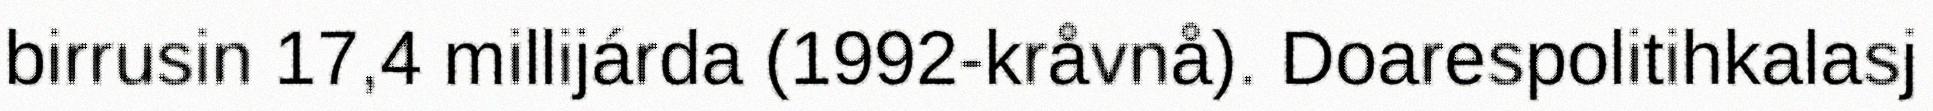
birrusin 17,4 millijárda (1992-kråvnå). Doarespolitihkalasj